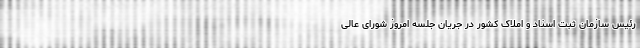
رئیس سازمان ثبت اسناد و املاک کشور در جریان جلسه امروز شورای عالی